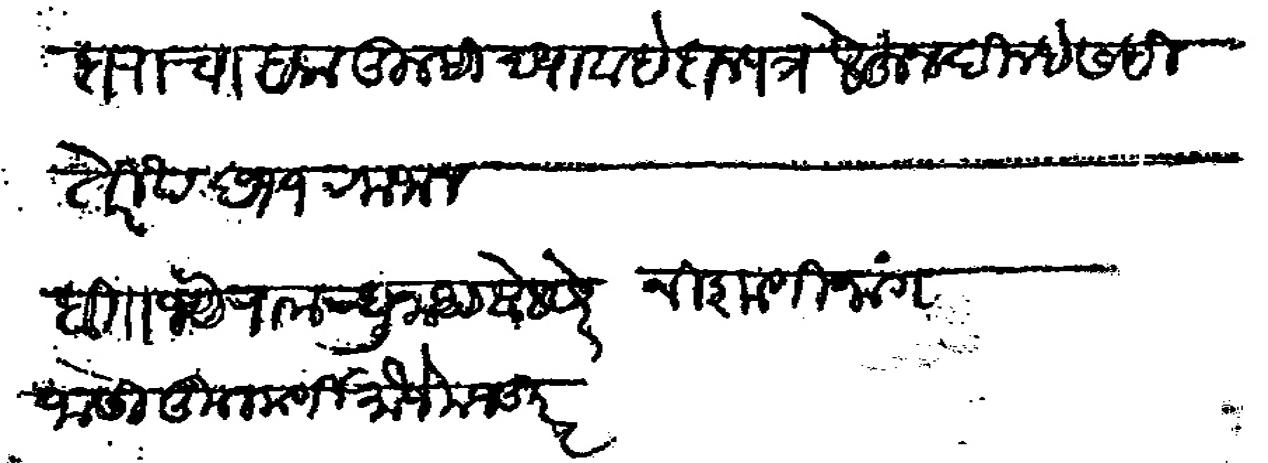
Transliteration (Devanagari): तरी सदरहू हकदाराचा हक तुम्ही दयावा हे दानपत्र लेहून दिल्हे सही तेरिख छ११ रमजान बि जयेराम रघुनाथ बेलसरे जोसी कुलकर्णी मौजे मजकूर